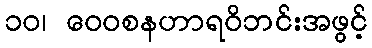
၁၀၊ ဝေဝစနဟာရဝိဘင်းအဖွင့်